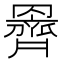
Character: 𮊞